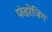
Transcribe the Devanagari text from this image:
फंडरेजिंग